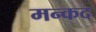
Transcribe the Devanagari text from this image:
मन्कद